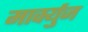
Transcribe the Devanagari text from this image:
मार्क्युज